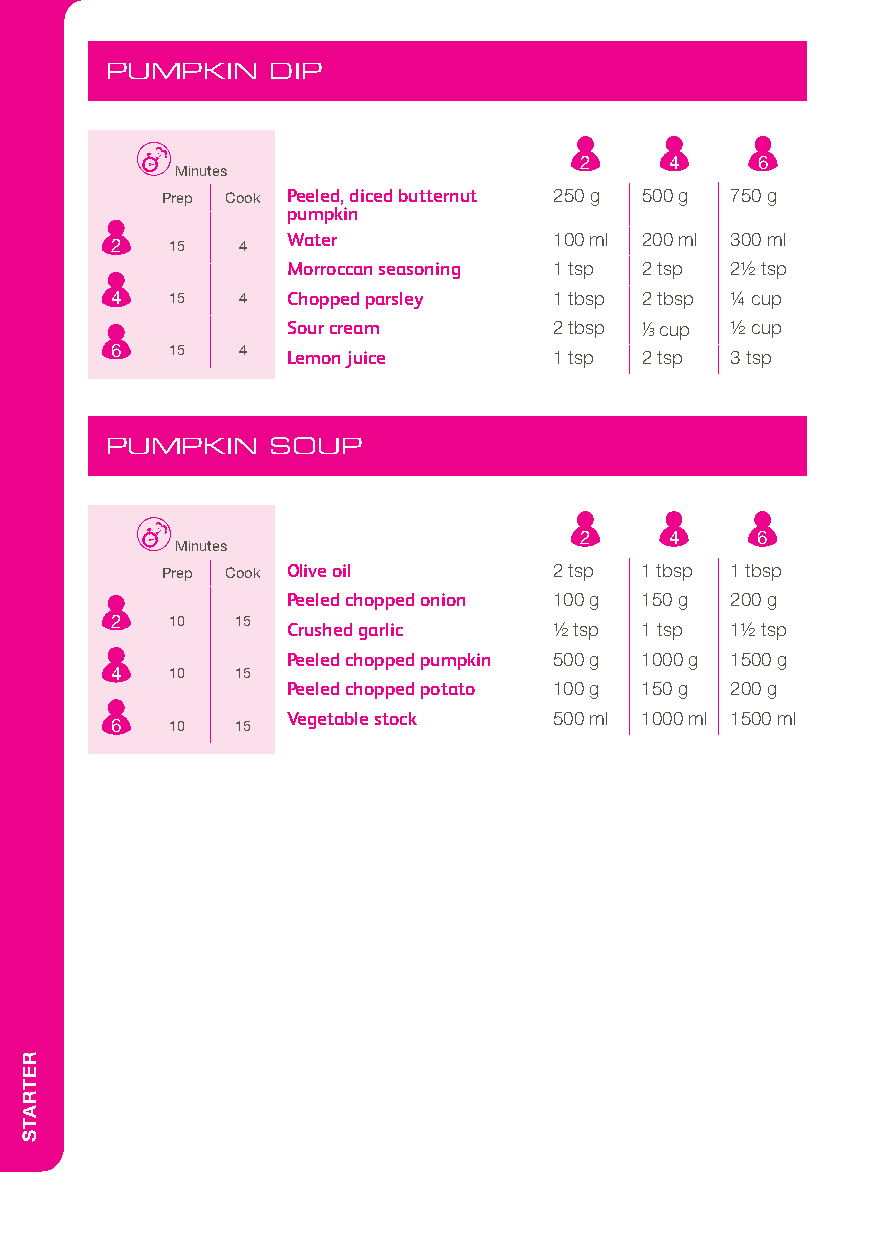
PUMPKIN    DIP
 2     4     6
 Minutes
 Prep Cook Peeled, diced butternut 250 g 500 g 750 g
 pumpkin
 Water             100 ml 200 ml 300 ml
 2   15   4
 Morroccan seasoning 1 tsp 2 tsp 21/2 tsp
 4   15   4  Chopped parsley   1 tbsp 2 tbsp 1/4 cup
 Sour cream        2 tbsp 1/3 cup 1/2 cup
 6   15   4  Lemon juice       1 tsp 2 tsp 3 tsp
 PUMPKIN    SOUP
 2     4     6
 Minutes
 Prep Cook Olive oil       2 tsp 1 tbsp 1 tbsp
 Peeled chopped onion 100 g 150 g 200 g
 2   10   15
 Crushed garlic    1/2 tsp 1 tsp 11/2 tsp
 Peeled chopped pumpkin 500 g 1000 g 1500 g
 4   10   15
 Peeled chopped potato 100 g 150 g 200 g
 Vegetable stock   500 ml 1000 ml 1500 ml
 6   10   15
 RETRATS